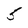
Character: 5